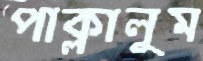
পাক্‌লালুম